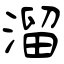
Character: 溜